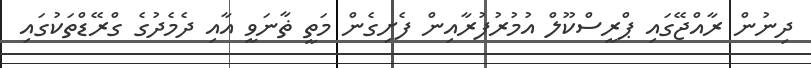
ދިނުން ރާއްޖޭގައި ޕްރީސްކޫލް އުމުރުފުރާއިން ފެށިގެން މަތީ ޡާނަވީ އާއި ދެމެދުގެ ގްރޭޑްތަކުގައި